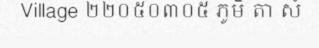
Village ២២០៥០៣០៥ ភូមិ តា សំ